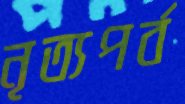
নৃত্যপর্ব